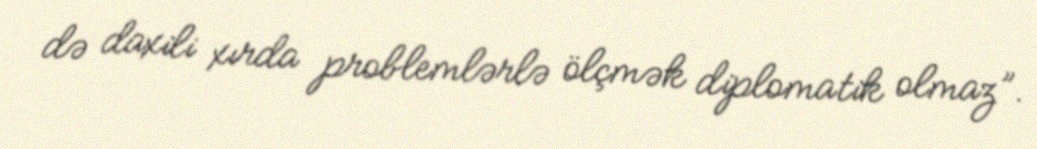
də daxili xırda problemlərlə ölçmək diplomatik olmaz”.